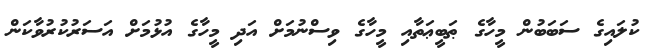
ކުލައިގެ ސަބަބުން މީހާގެ ޠަބީޢަތާއި މީހާގެ ވިސްނުމަށް އަދި މީހާގެ އުޅުމަށް އަސަރުކުރުވާކަން